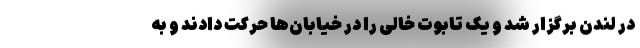
در لندن برگزار شد و یک تابوت خالی را در خیابان‌ها حرکت دادند و به